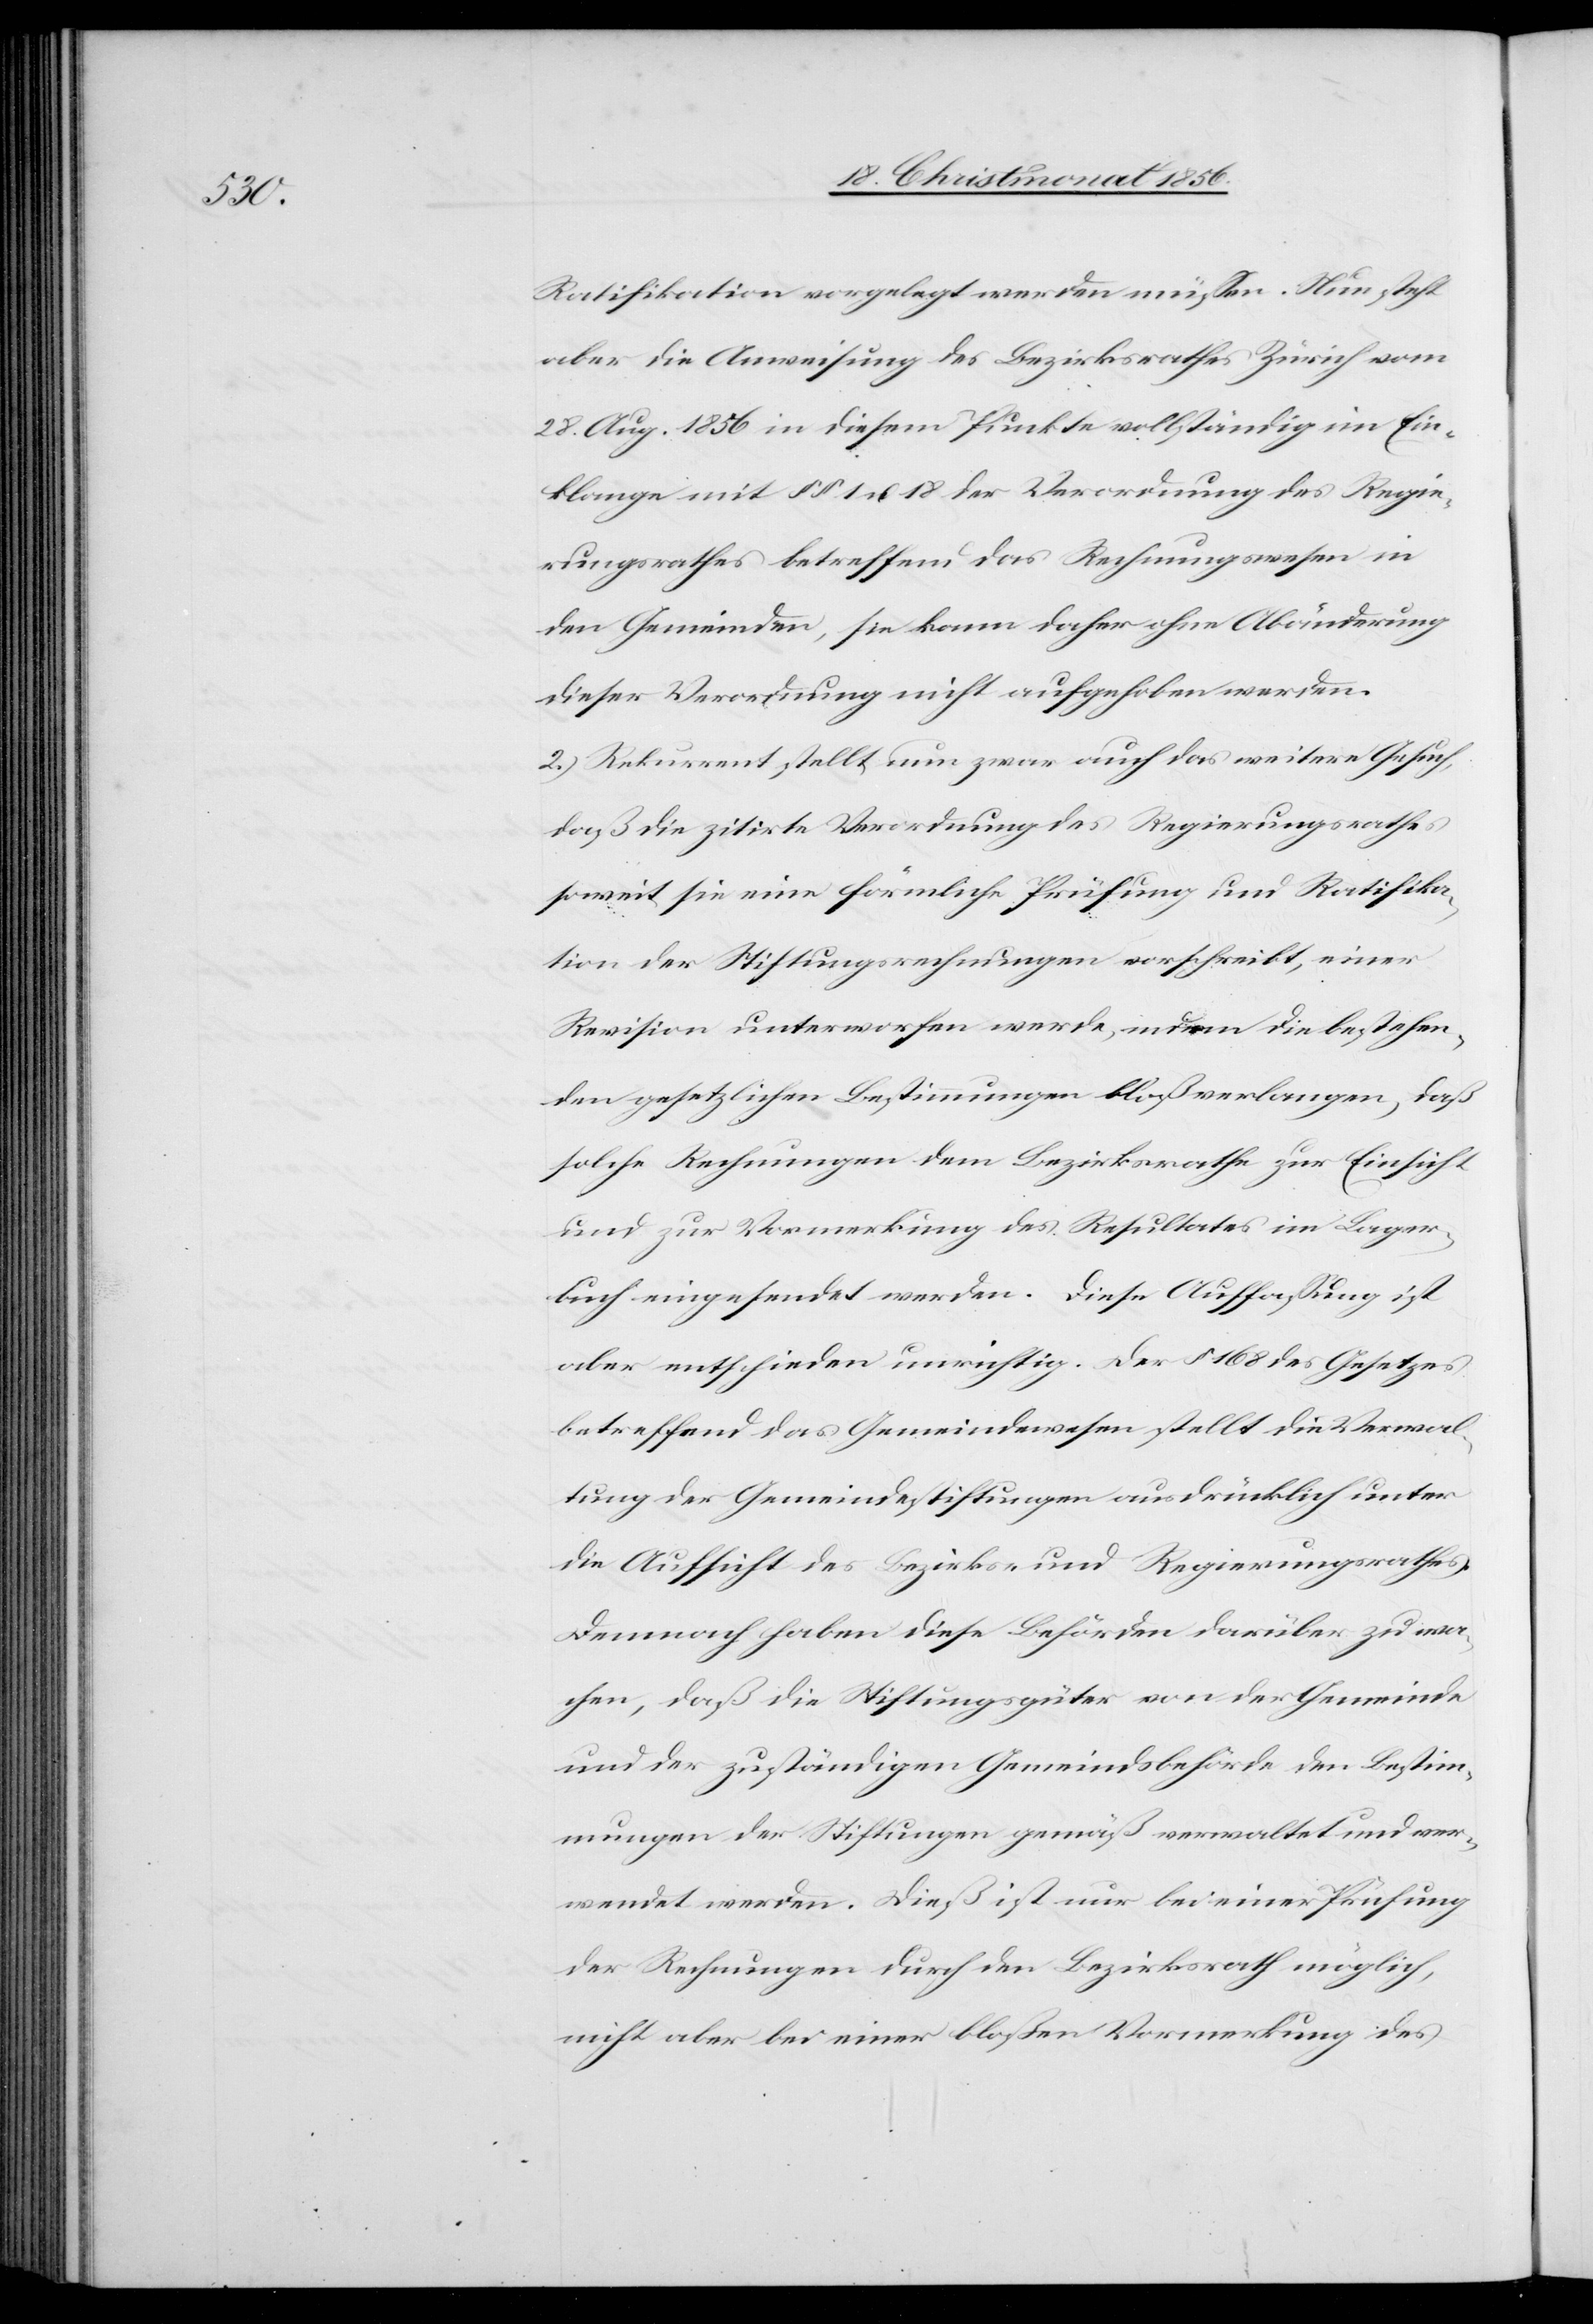
Ratifikation vorgelegt werden müssen. Nun steht
aber die Anweisung des Bezirksrathes Zürich vom
28. Aug. 1856 in diesem Punkte vollständig im Ein¬
klange mit §§ 1 u. 18 der Verordnung des Regie¬
rungsrathes betreffend das Rechnungswesen in
den Gemeinden, sie kann daher ohne Abänderung
dieser Verordnung nicht aufgehoben werden.
2.) Rekurrent stellt nun zwar auch das weitere Gesuch,
daß die zitirte Verordnung des Regierungsrathes
soweit sie eine förmliche Prüfung und Ratifika¬
tion der Stiftungsrechnungen vorschreibt, einer
Revision unterworfen werde, indem die bestehen¬
den gesetzlichen Bestimmungen bloß verlangen, daß
solche Rechnungen dem Bezirksrathe zur Einsicht
und zur Vormerkung des Resultates im Lager¬
buch eingesendet werden. Diese Auffassung ist
aber entschieden unrichtig. Der § 168 des Gesetzes
betreffend das Gemeindewesen stellt die Verwal¬
tung der Gemeindestiftungen ausdrücklich unter
die Aufsicht des Bezirks- und Regierungsrathes.
Demnach haben diese Behörden darüber zu wa¬
chen, daß die Stiftungsgüter von der Gemeinde
und der zuständigen Gemeindsbehörde den Bestim¬
mungen der Stiftungen gemäß verwaltet und ver¬
wendet werden. Dieß ist nur bei einer Prüfung
der Rechnungen durch den Bezirksrath möglich,
nicht aber bei einer bloßen Vormerkung des